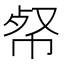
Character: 𢂺